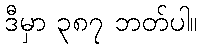
ဒီမှာ ၃၈၇ ဘတ်ပါ။